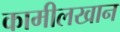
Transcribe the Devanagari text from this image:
कामीलखान